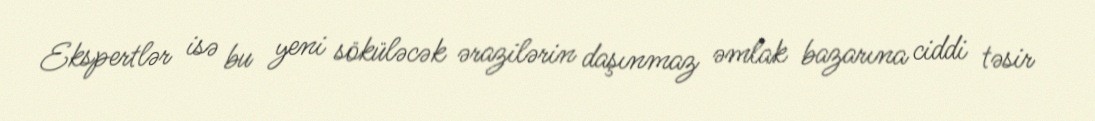
Ekspertlər isə bu yeni söküləcək ərazilərin daşınmaz əmlak bazarına ciddi təsir